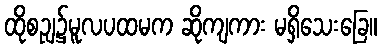
ထိုစဉျ၌မူလပထမက ဆိုကျကား မရှိသေးခြေ။